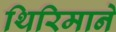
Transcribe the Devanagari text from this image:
थिरिमाने